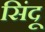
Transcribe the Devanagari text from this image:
सिंदू